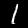
Digit: 1